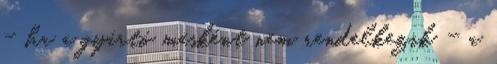
- ha a gyártó másként nem rendelkezik - a